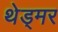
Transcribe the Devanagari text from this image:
थेड्मर